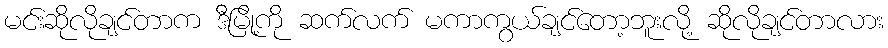
မင်းဆိုလိုချင်တာက ဒီမြို့ကို ဆက်လက် မကာကွယ်ချင်တော့ဘူးလို့ ဆိုလိုချင်တာလား